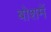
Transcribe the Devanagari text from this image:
बोशमें